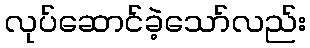
လုပ်ဆောင်ခဲ့သော်လည်း